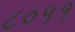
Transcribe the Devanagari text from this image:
८०५१